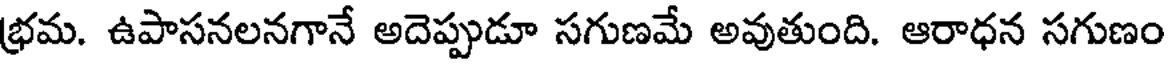
భ్రమ. ఉపాసనలనగానే అదెప్పుడూ సగుణమే అవుతుంది. ఆరాధన సగుణం